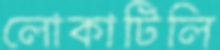
লোকাটিলি